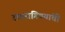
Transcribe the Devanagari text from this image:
रागरागिण्यांची